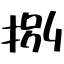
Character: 捌